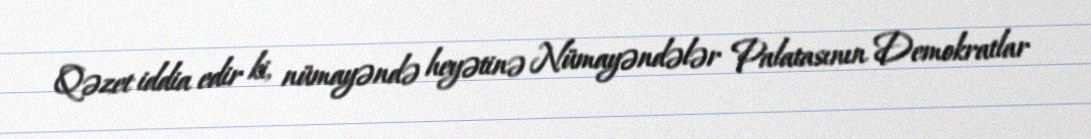
Qəzet iddia edir ki, nümayəndə heyətinə Nümayəndələr Palatasının Demokratlar